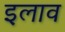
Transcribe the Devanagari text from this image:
इलाव